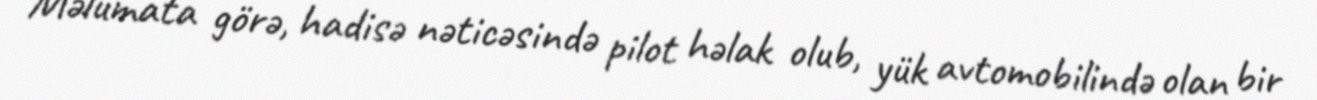
Məlumata görə, hadisə nəticəsində pilot həlak olub, yük avtomobilində olan bir